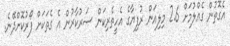
އެގޮތުން ގެއްލުމަށް 2.6 މިލިއަން ރުފިޔާގެ އެހީތެރިކަން ސަރުކާރުން އެ ގެތަކަށް ފޯރުކޮށްދޭނެ.